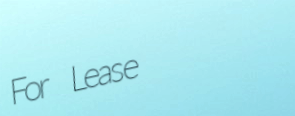
For Lease